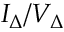
I _ { \Delta } / V _ { \Delta }